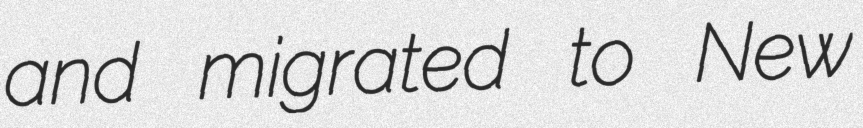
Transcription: and migrated to New